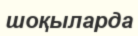
шоқыларда